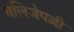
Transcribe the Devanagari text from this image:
बलिजेपल्ली